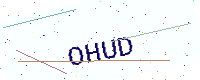
Text: OHUD